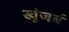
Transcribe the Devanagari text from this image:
खुंजर्ब